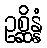
ဥစ္ဆိန္နံ